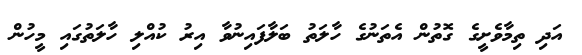
އަދި ތިމާވެށީގެ ގޮތުން އެތަނުގެ ހާލަތު ބަލާފައިނުވާ އިރު ކުއްލި ހާލަތުގައި މީހުން